Virumaa_algkoolid, lk 11
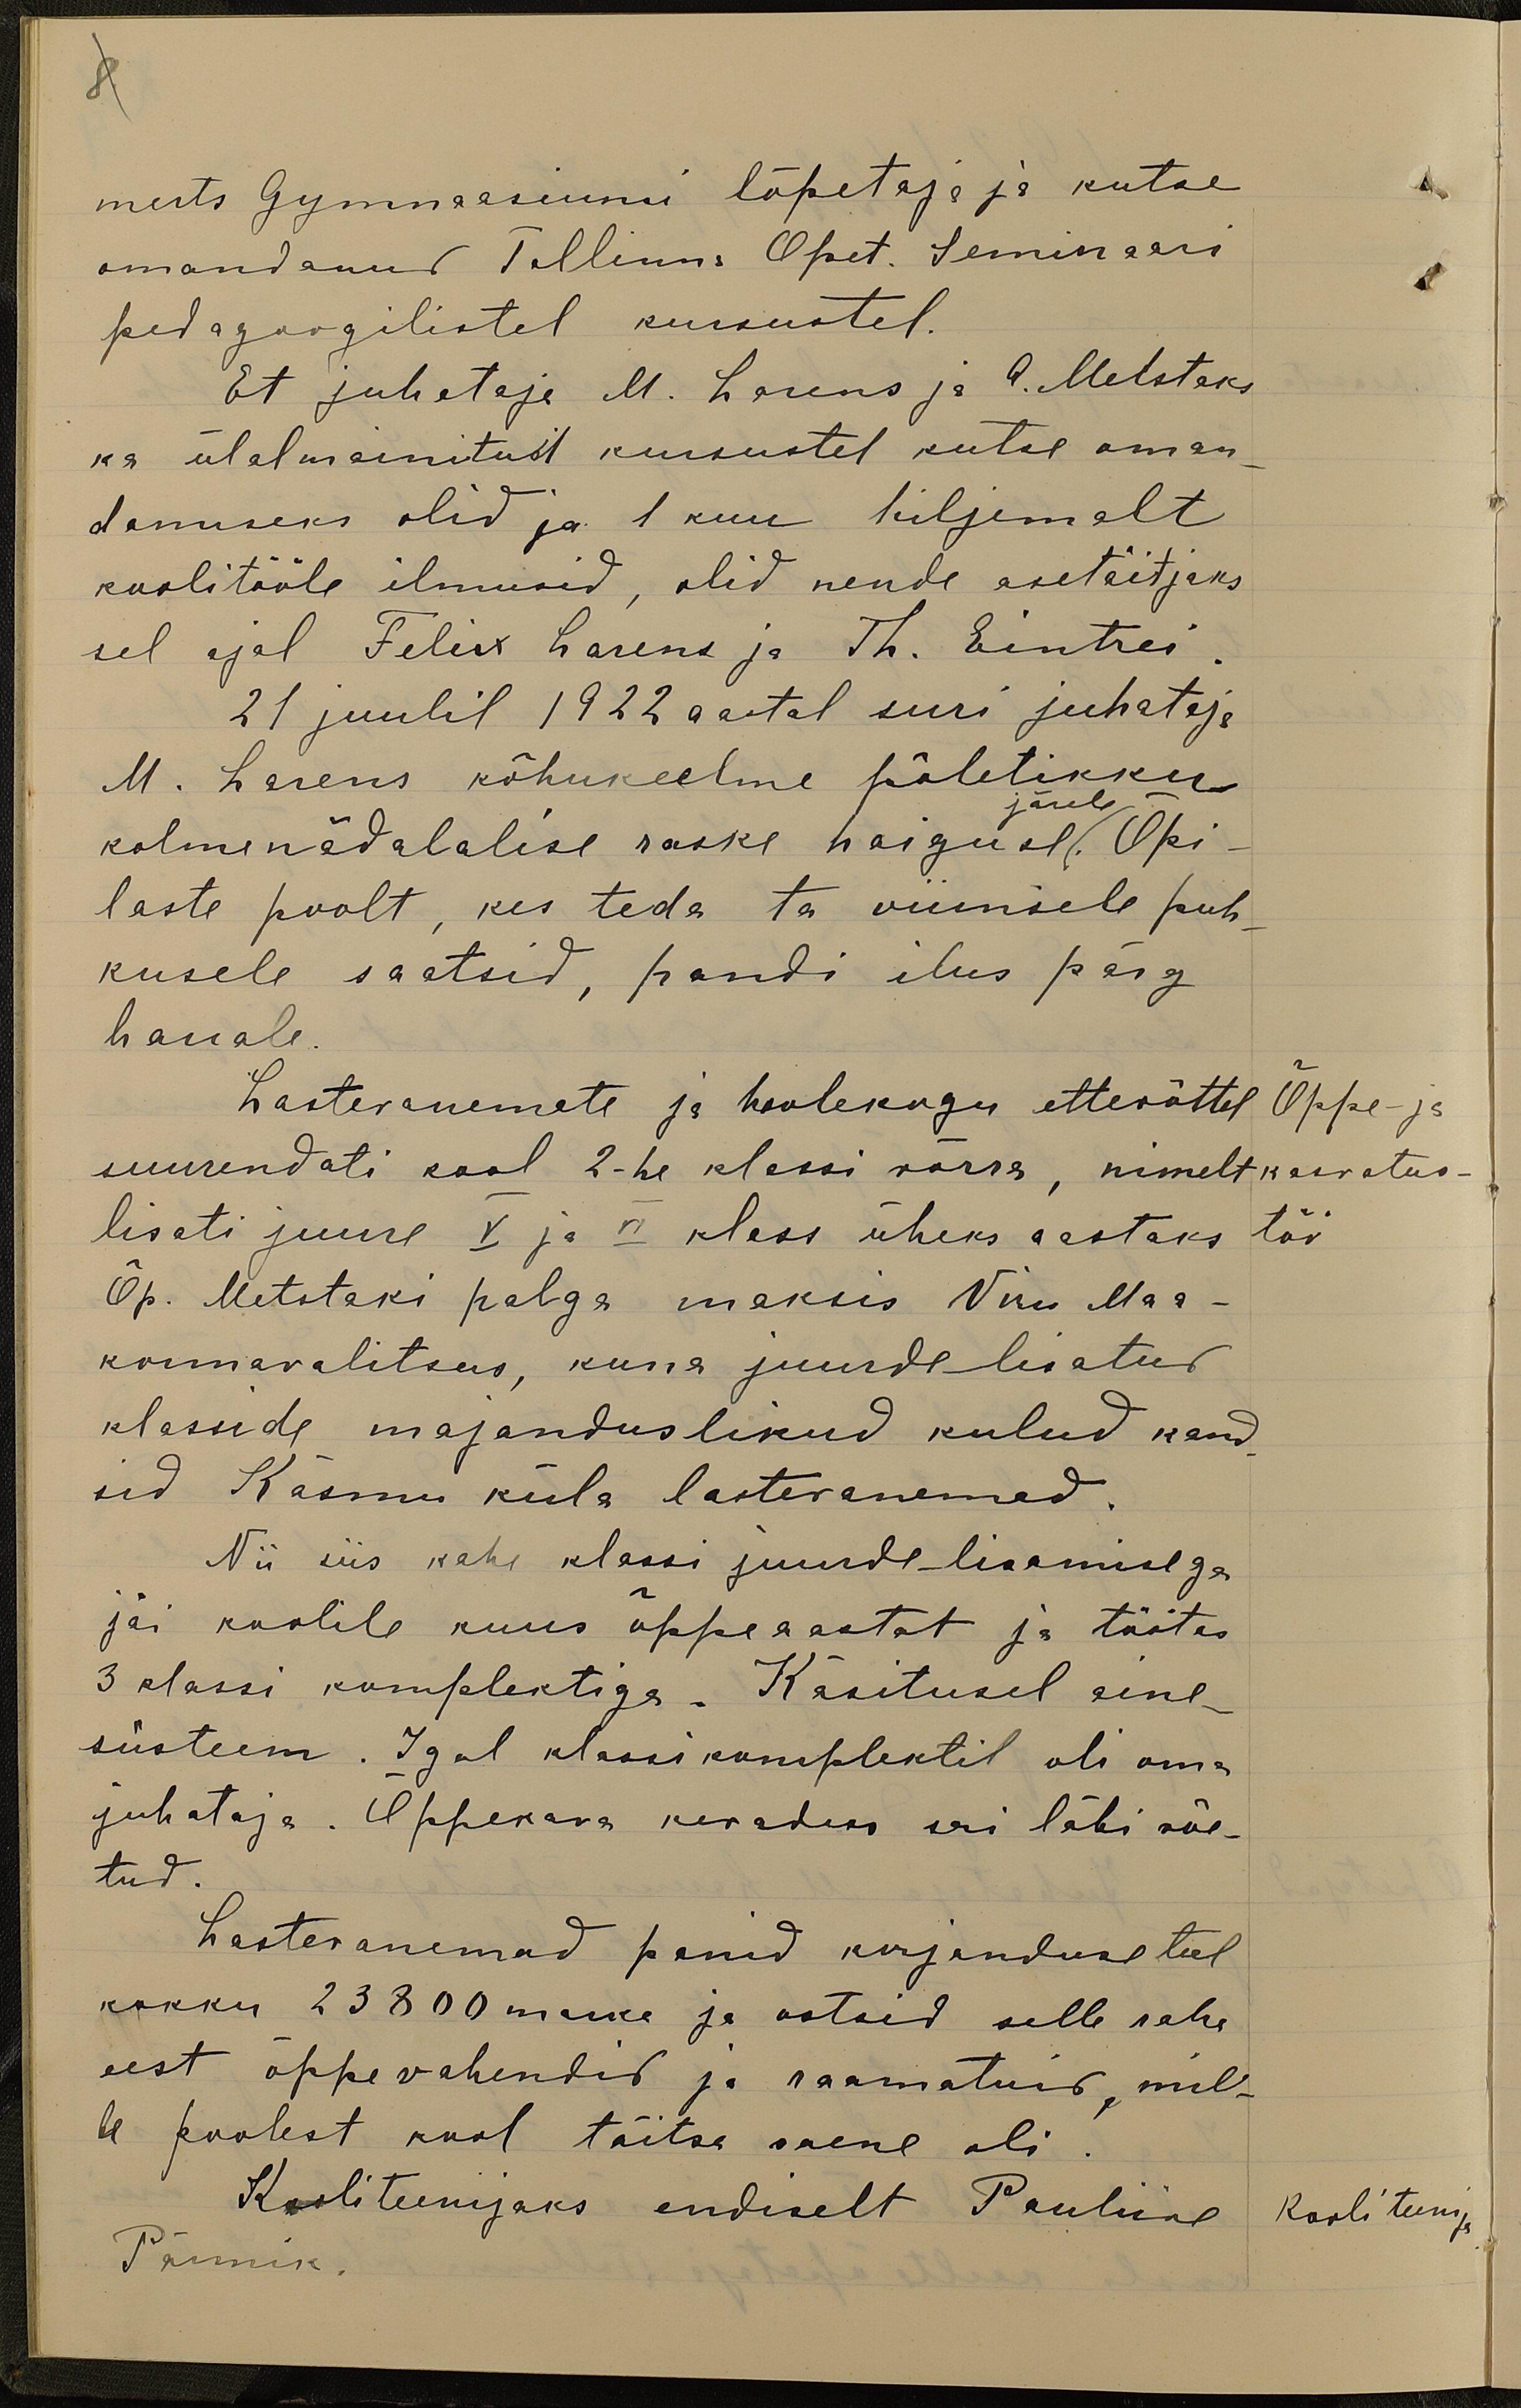
8

merts Gümnaasiumi lõpetaja ja kutse
omandanud Tallinna Õpet. Seminaari
pedagoogilistel kursustel.
Et juhataja M. Larens ja A. Metstaks
ka ülalmainitud kursustel kutse oman-
damiseks olid ja 1 kuu hiljemalt
koolitööle ilmusid, olid nende asetäitjaks
sel ajal Felix Larens ja Th. Eintrei
21 juulil 1922 aastal suri juhataja
M. Larens kõhukeelme põletikku
järele
kolmenädalalise raske haigusel. Õpi-
laste poolt, kes teda ta viimsele puh-
kusele saatsid, pandi ilus pärg
hauale.
Lastevanemate ja hoolekogu ettevõttel
Õppe- ja
suurendati kool 2-he klassi võrra, nimelt
kasvatus-
lisati juurde V ja VI klass üheks aastaks
töö
Õp. Metstaki palga maksis Viru Maa-
konnavalitsus, kuna juurde lisatud
klasside majanduslikud kulud kand-
sid Käsmu küla lastevanemad.
Nii siis kahe klassi juurde lisamisega
jäi koolile kuus õppeaastat ja töötas
3 klassi komplektiga. Käsitusel aine-
süsteem. Igal klassikomplektil oli oma
juhataja. Õppekava kevadeks sai läbi võe-
tud.
Lastevanemad panid korjanduse teel
kokku 23800 marka ja ostsid selle raha
eest õppevahendid ja raamatuid, mil-
le poolest kool täitsa vaene oli
Kooliteenijaks endiselt Pauliine
Kooli teenija
Pärmik.